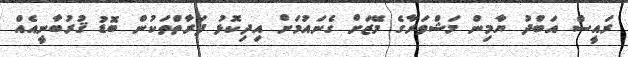
ރައީސް އަބްދު ޔާމިން މަޝްވަރާގެ މޭޒަށް ގެނައުމަށް އިދިކޮޅު ފަރާތްތަކުން ބޮޑު ޤުރުބާނީއެއް